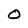
Character: O